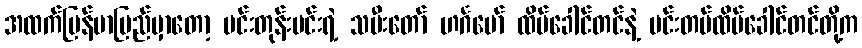
အထက်မြန်မာပြည်မှာတော့ မင်းတုန်းမင်းရဲ့ သမီးတော် ဟင်္ဂမော် ထိပ်ခေါင်တင်နဲ့ မင်းတပ်ထိပ်ခေါင်တင်တို့က